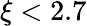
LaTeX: \xi<2.7